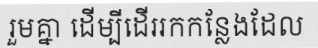
រួមគ្នា ដើម្បីដើររកកន្លែងដែល